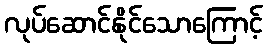
လုပ်ဆောင်နိုင်သောကြောင့်